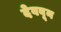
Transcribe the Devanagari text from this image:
देववून